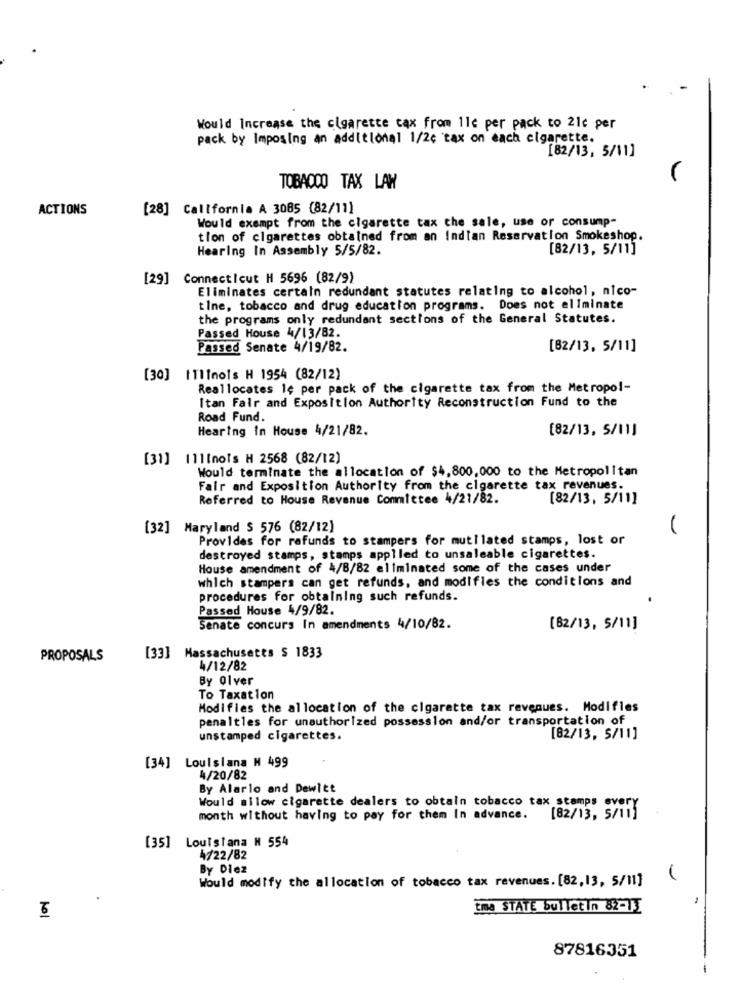
Would Increase the cigarette tax from 11c per pack to 21c per
pack by Imposing an additional 1/2c tax on each cigarette.
[82/13, 5/11]
TOBACCO TAX LAW
ACTIONS
[28] California A 3085 (82/11]
Would exempt from the cigarette tax che sale, use or consump-
tion of cigarettes obtained from an Indian Reservation Smokeshop.
Hearing In Assembly 5/5/82.
[82/13, 5/11]
[29] Connecticut H 5696 (82/9)
Eliminates certain redundant statutes relating to alcohol, nico-
tine, tobacco and drug education programs. Does not eliminate
the programs only redundant sections of the General Statutes.
Passed House 4/13/82.
Passed Senate 4/19/82.
[82/13, 5/11]
[30] [111mois H 1954 (82/12)
Reallocates le per pack of the cigarette tax from the Metropol-
Itan Fair and Exposition Authority Reconstruction Fund to the
Road Fund.
Hearing in House 4/21/82.
[82/13, 5/11]
[31] 111[nois H 2568 (82/12)
Would terminate the allocation of $4,800,000 to the Metropolitan
Fair and Exposition Authority from the cigarette tax revenues.
Referred to House Revenue Committee 4/21/82.
[82/13, 5/11]
[32] Maryland $ 576 (82/12)
1
Provides for refunds to stampers for mutilated stamps, lost or
destroyed stamps, stamps applled to unsaleable cigarettes.
House amendment of 4/8/82 eliminated some of the cases under
which stampers can get refunds, and modifies the conditions and
procedures for obtaining such refunds.
Passed House 4/9/82.
Senate concurs In amendments 4/10/82.
[82/13, 5/11]
PROPOSALS
[33] Massachusetts $ 1833
4/12/82
By Olver
To Taxation
Modifies the allocation of the cigarette tax revenues. Modifles
penaltles for unauthorized possession and/or transportation of
unstamped cigarettes.
[82/13, 5/11]
[34] Louisiana M 499
4/20/82
By Alarlo and Dewitt
Would allow cigarette dealers to obtain tobacco tax stamps every
month without having to pay for them In advance. [82/13, 5/11]
[35] Louisiana N 554
4722/82
By Diez
Would modify the allocation of tobacco tax revenues. [82,13, 5/11]
tma STATE bulletin 82-13
87816351
-